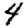
Digit: 4